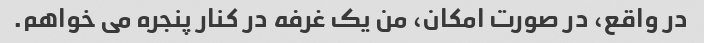
در واقع، در صورت امکان، من یک غرفه در کنار پنجره می خواهم.